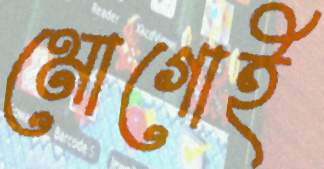
মোগোই